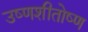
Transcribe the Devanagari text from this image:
उष्णशीतोष्ण